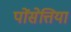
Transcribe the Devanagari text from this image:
पोंसेत्तिया